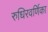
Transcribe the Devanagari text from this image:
रुधिरवर्णिका